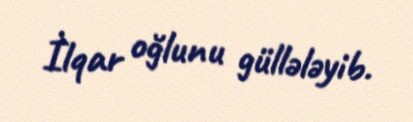
İlqar oğlunu güllələyib.